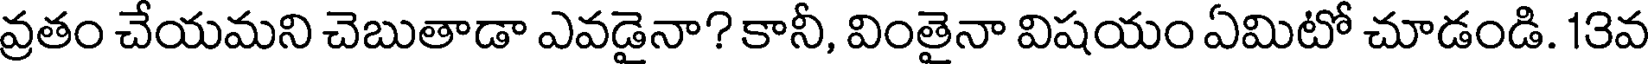
వ్రతం చేయమని చెబుతాడా ఎవడైనా? కానీ, వింతైనా విషయం ఏమిటో చూడండి. 13వ